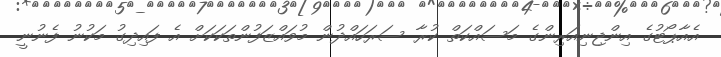
އެއާޕޯޓުގެ އިންޖިނިއަރިންގެ މަސައްކަތް ކުރާ ސަރަހައްދުން މުވައްޒަފުންތަކަކަށް އެ ފައިދިގު މަކުނު ފެނުނީ